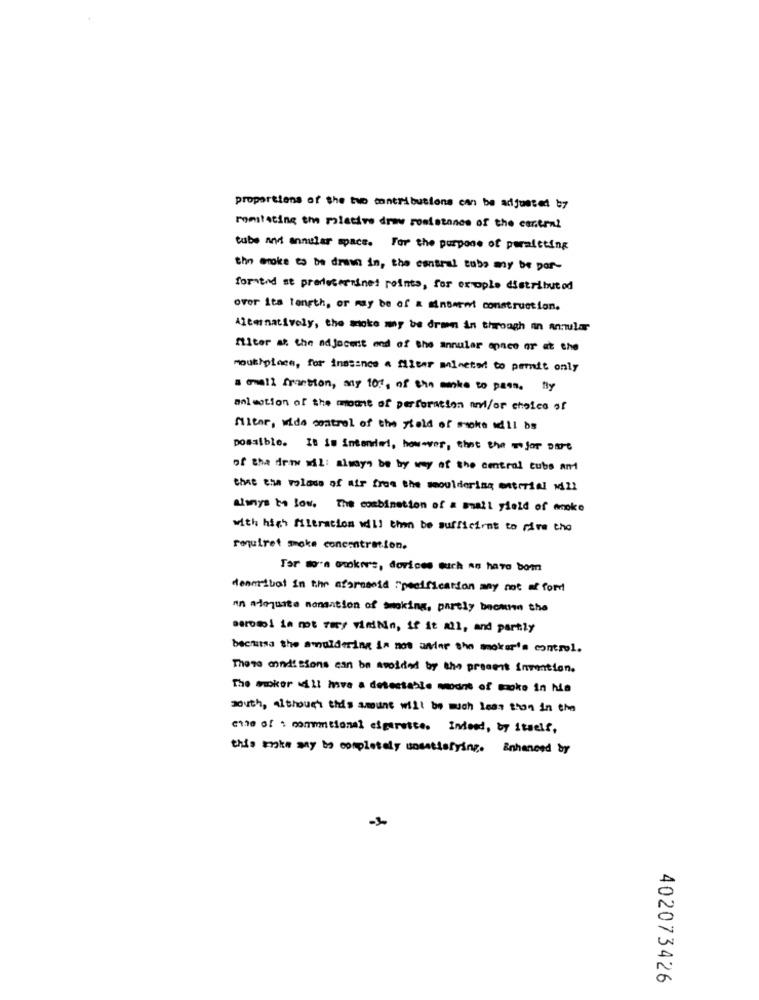
proportions of the two contributions can be adjusted b7
romstating em mistive draw sonistance of the central
tube and annuler space. For the purpose of permitting
the Groke to be drawn in, the central tuba my be por-
forsend at predetermined points, for exople distributed
over its length, or may be of a anserwt construction.
Alternatively, the smoke may be drawn in through an anular
filter at the adjecent end of the annuler epnce or at the
mouthpiece, for instance a filter meineted to permit only
" tall fraction, my 10%, of the wake to pass. By
mal motion of the mount of perforation and/or choice of
Miter, wide control of the field of smoke will be
possible. It is intendei, however, that the - jor Dar-e
of tha drow Mil: always be by way of the central tube and
that che voloss of air from the seouldering entrrial M2l
Alanys to low. The combination of a mail Field of moke
with high filtration will then be sufficient to rive the
requiret smoke concentration.
Tar wo's owkis, dorices such as haro bom
dearribat in the aforseid "pacification any not af for
nn adequate nonantion of smoking, partly bronnen the
Berowi in mot viry vimNin, if it all, and partly
because the smoldering is not ander the moker's control.
These cond! Sions can be avoided by the present invention.
The smoker will have a detectable modne of moke in his
south, although this amount will be much less than in the
eine of : commentional cigarette. Indeed, by itself,
this make any to completely unsatisfying. Enhanced by
402073426